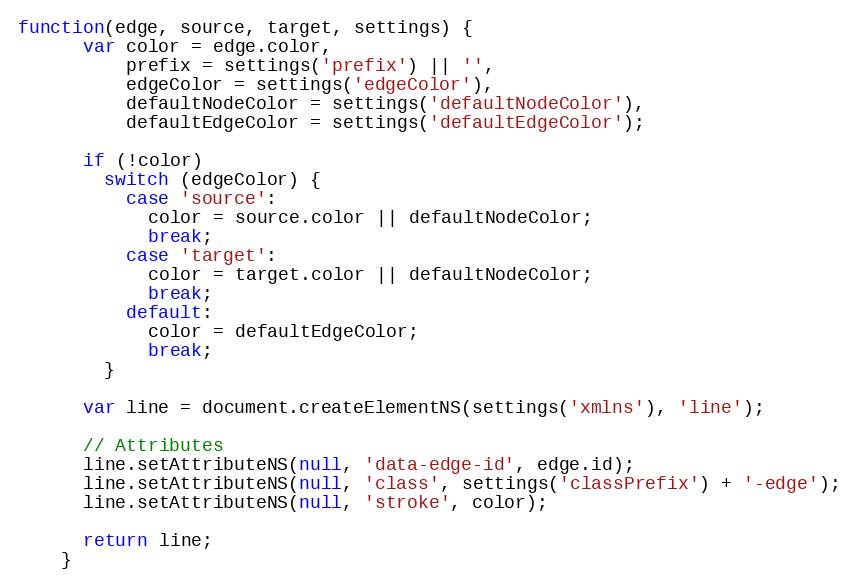
Language: JavaScript
function(edge, source, target, settings) {
      var color = edge.color,
          prefix = settings('prefix') || '',
          edgeColor = settings('edgeColor'),
          defaultNodeColor = settings('defaultNodeColor'),
          defaultEdgeColor = settings('defaultEdgeColor');

      if (!color)
        switch (edgeColor) {
          case 'source':
            color = source.color || defaultNodeColor;
            break;
          case 'target':
            color = target.color || defaultNodeColor;
            break;
          default:
            color = defaultEdgeColor;
            break;
        }

      var line = document.createElementNS(settings('xmlns'), 'line');

      // Attributes
      line.setAttributeNS(null, 'data-edge-id', edge.id);
      line.setAttributeNS(null, 'class', settings('classPrefix') + '-edge');
      line.setAttributeNS(null, 'stroke', color);

      return line;
    }